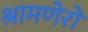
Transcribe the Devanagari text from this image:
श्रामणेरो